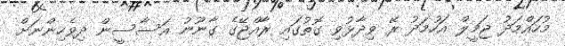
މުހައްމަދު ޖަމީލް އަހުމަދު ރޭ ވިދާޅުވި ގޮތުގައި ރާއްޖޭގެ ގާނޫނު އަސާސީން ދިވެހިންނަށް